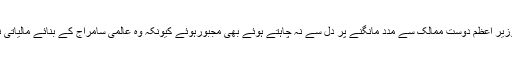
حکومتی ترجمانوں نے بہت محنت سے ہمارے ذہنوں میں یہ تصور بٹھانے کی کوشش کی ہے کہ وزیر اعظم دوست ممالک سے مدد مانگنے پر دل سے نہ چاہتے ہوئے بھی مجبورہوئے کیونکہ وہ عالمی سامراج کے بنائے مالیاتی نظام کی سب سے بڑی علامتIMFکے دروازے پر ہاتھ میں کشکول اٹھائے دستک نہیں دینا چاہتے۔